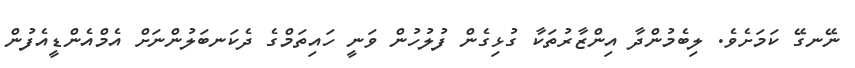
ނޭނގޭ ކަމަށެވެ. ލިބެމުންދާ އިންޒާރުތަކާ ގުޅިގެން ފުލުހުން ވަނީ ހައިތަމްގެ ދެކަނބަލުންނަށް އެމްއެންޑީއެފުން